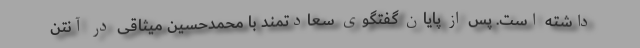
داشته است. پس از پایان گفتگوی سعادتمند با محمدحسین میثاقی در آنتن